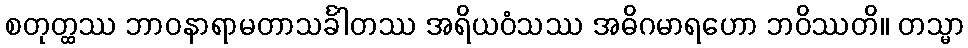
စတုတ္ထဿ ဘာဝနာရာမတာသင်္ခါတဿ အရိယဝံသဿ အဓိဂမာရဟော ဘဝိဿတိ။ တသ္မာ